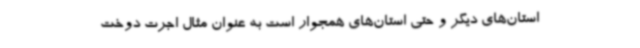
استان‌های دیگر و حتی استان‌های همجوار است به عنوان مثال اجرت دوخت